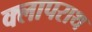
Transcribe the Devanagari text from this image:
क्लापराथ